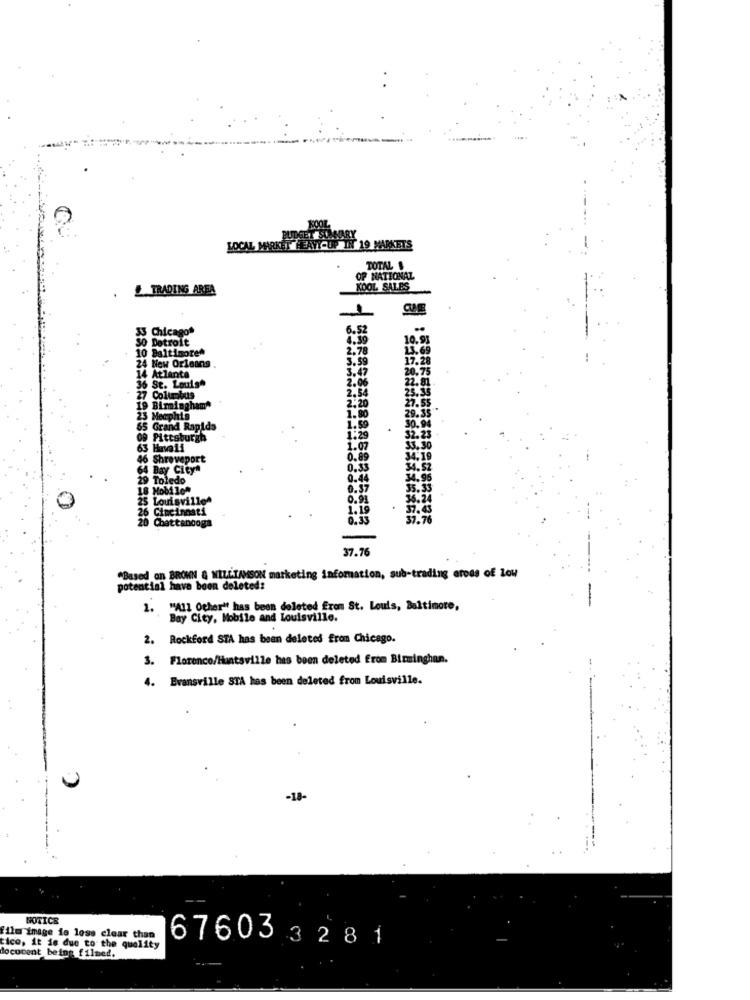
LOCAL MARKET
[ 19 MARKETS
TOTAL
OP NATIONAL
TRADING AREA
KOOL SALES
1
33 Chicago
6.52
SO Detroit
4.39
10.93
10 Baltimore^
2.78
13.69
3.59
17.28
New Orleans
3.47
20.75
Atlanta
2.06
22.81.
36 St. Louis"
2.54
25.35
27 Columbus
27.55
19 Birmingham"
2.20
29.35"
23 Memphis
1.80
65 Grand Rapids
1.59
Ittsburgh
1:29
32.23
63
63 Havali
1.07
33.30
46 Shreveport
46
0.89
34.19
Bay City"
0.33
34.52
29 Tole
0.44
34.96
18 Mobilon
0.57
35.33
25
Louisville^
0.91
36.24
Cincinnati
1.19
20
Chattanooga
0.33
37.7
37.76
"Based on BROWN & WILLIAMSON marketing information, sub-trading erods of low
potential have been deleted:
-
""A11 Ocher" has been deleted from St. Louis, Baltimore,
Bay City, Mobile and Louisville.
2. Rockford STA has been deleted from Chicago.
3. Florence/Huntsville has been deleted from Birminghan.
4. Evansville STA has been deleted from Louisville.
GOTICE
film image is less clear than
tico, it is due to the quality
676033281
docucent being filmed.